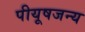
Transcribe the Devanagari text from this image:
पीयूषजन्य